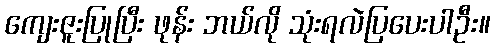
ကျေးဇူးပြုပြီး ဖုန်း ဘယ်လို သုံးရလဲပြပေးပါဦး။